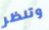
وتنظر